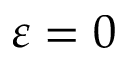
\varepsilon = 0